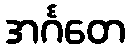
အင်္ဂတေ